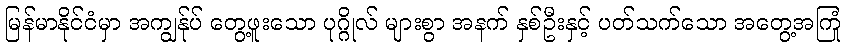
မြန်မာနိုင်ငံမှာ အကျွန်ုပ် တွေ့ဖူးသော ပုဂ္ဂိုလ် များစွာ အနက် နှစ်ဦးနှင့် ပတ်သက်သော အတွေ့အကြုံ